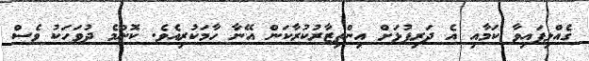
ގެއްލިފައިވާ ކަމާއި އެ ދަރިފުޅަށް އިންތިޒާރުކުރާކަން އޭނާ ހާމަކުރިއެވެ. ކޮންމެ ދުވަހަކު ވެސް